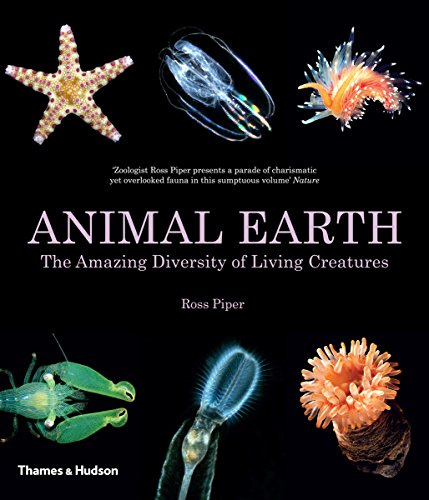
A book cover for Animal Earth: The Amazing Diversity of Living Creatures; Ross Piper; Science & Math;